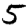
Digit: 5